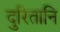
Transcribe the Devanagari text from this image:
दुरितानि